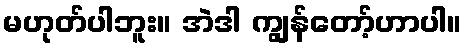
မဟုတ်ပါဘူး။ အဲဒါ ကျွန်တော့်ဟာပါ။